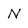
Character: N